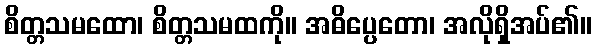
စိတ္တသမထော၊ စိတ္တသမထကို။ အဓိပ္ပေတော၊ အလိုရှိအပ်၏။